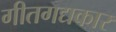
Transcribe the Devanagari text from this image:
गीतगद्यकार